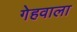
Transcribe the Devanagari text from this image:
गेहवाला